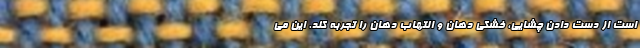
است از دست دادن چشایی، خشکی دهان و التهاب دهان را تجربه کند. این می